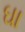
ઘા